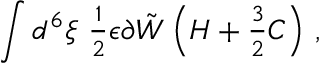
\int d ^ { 6 } \xi \ { \textstyle \frac { 1 } { 2 } } \epsilon \partial \tilde { W } \left( { \cal H } + { \textstyle \frac { 3 } { 2 } } C \right) \, ,